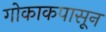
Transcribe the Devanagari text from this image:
गोकाकपासून